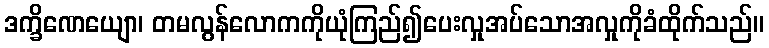
ဒက္ခိဏေယျော၊ တမလွန်လောကကိုယုံကြည်၍ပေးလှုအပ်သောအလှုကိုခံထိုက်သည်။